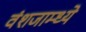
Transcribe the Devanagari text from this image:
वंशजाम्ध्ये